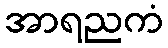
အာရညကံ